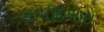
સામજીભાઇ